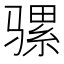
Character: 骡